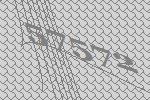
57572